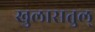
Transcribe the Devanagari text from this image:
खुलासतुल्